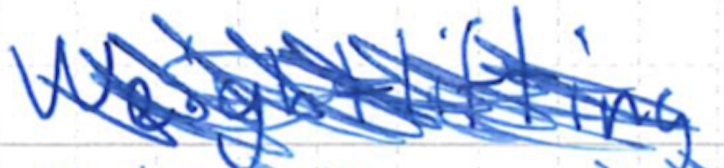
Text: Weightlifting
Cross-out: mix
Writing tool: ballpoint